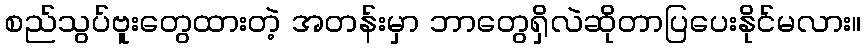
စည်သွပ်ဗူးတွေထားတဲ့ အတန်းမှာ ဘာတွေရှိလဲဆိုတာပြပေးနိုင်မလား။